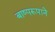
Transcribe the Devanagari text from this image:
बाष्परूपाने